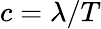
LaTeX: c=\lambda/T